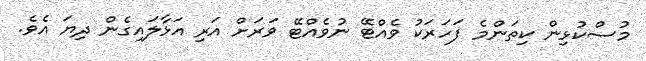
މުސްކުޅިން ކިތަންމެ ފަހަރަކު ވެއްޓޭ ނުވެއްޓޭ ވަރަށް އަރި އަޅާލައިގެން ދިޔަ އެވެ.